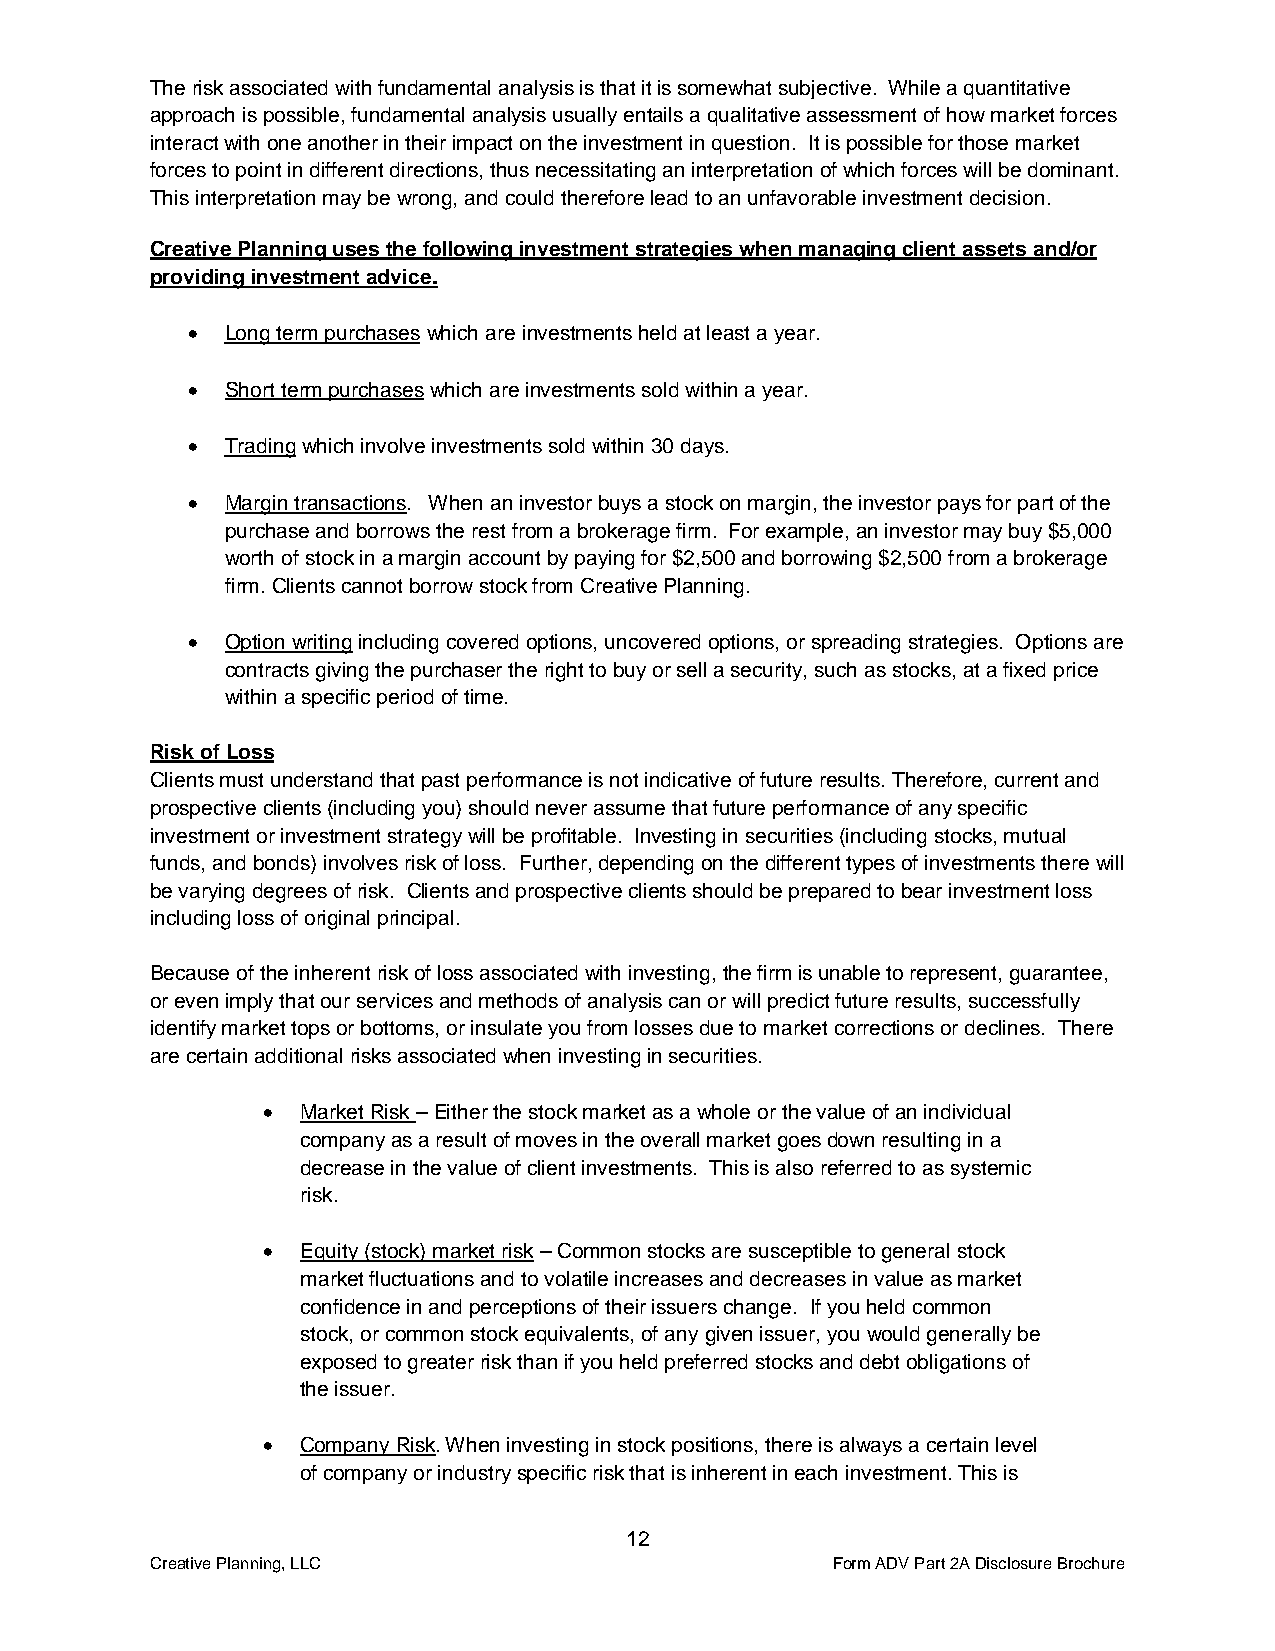
The risk associated with fundamental analysis is that it is somewhat subjective. While a quantitative
 approach is possible, fundamental analysis usually entails a qualitative assessment of how market forces
 interact with one another in their impact on the investment in question. It is possible for those market
 forces to point in different directions, thus necessitating an interpretation of which forces will be dominant.
 This interpretation may be wrong, and could therefore lead to an unfavorable investment decision.
 Creative Planning uses the following investment strategies when managing client assets and/or
 providing investment advice.
 •  Long term purchases which are investments held at least a year.
 •  Short term purchases which are investments sold within a year.
 •  Trading which involve investments sold within 30 days.
 •  Margin transactions. When an investor buys a stock on margin, the investor pays for part of the
 purchase and borrows the rest from a brokerage firm. For example, an investor may buy $5,000
 worth of stock in a margin account by paying for $2,500 and borrowing $2,500 from a brokerage
 firm. Clients cannot borrow stock from Creative Planning.
 •  Option writing including covered options, uncovered options, or spreading strategies. Options are
 contracts giving the purchaser the right to buy or sell a security, such as stocks, at a fixed price
 within a specific period of time.
 Risk of Loss
 Clients must understand that past performance is not indicative of future results. Therefore, current and
 prospective clients (including you) should never assume that future performance of any specific
 investment or investment strategy will be profitable. Investing in securities (including stocks, mutual
 funds, and bonds) involves risk of loss. Further, depending on the different types of investments there will
 be varying degrees of risk. Clients and prospective clients should be prepared to bear investment loss
 including loss of original principal.
 Because of the inherent risk of loss associated with investing, the firm is unable to represent, guarantee,
 or even imply that our services and methods of analysis can or will predict future results, successfully
 identify market tops or bottoms, or insulate you from losses due to market corrections or declines. There
 are certain additional risks associated when investing in securities.
 •  Market Risk – Either the stock market as a whole or the value of an individual
 company as a result of moves in the overall market goes down resulting in a
 decrease in the value of client investments. This is also referred to as systemic
 risk.
 •  Equity (stock) market risk – Common stocks are susceptible to general stock
 market fluctuations and to volatile increases and decreases in value as market
 confidence in and perceptions of their issuers change. If you held common
 stock, or common stock equivalents, of any given issuer, you would generally be
 exposed to greater risk than if you held preferred stocks and debt obligations of
 the issuer.
 •  Company Risk. When investing in stock positions, there is always a certain level
 of company or industry specific risk that is inherent in each investment. This is
 12
 Creative Planning, LLC                       Form ADV Part 2A Disclosure Brochure